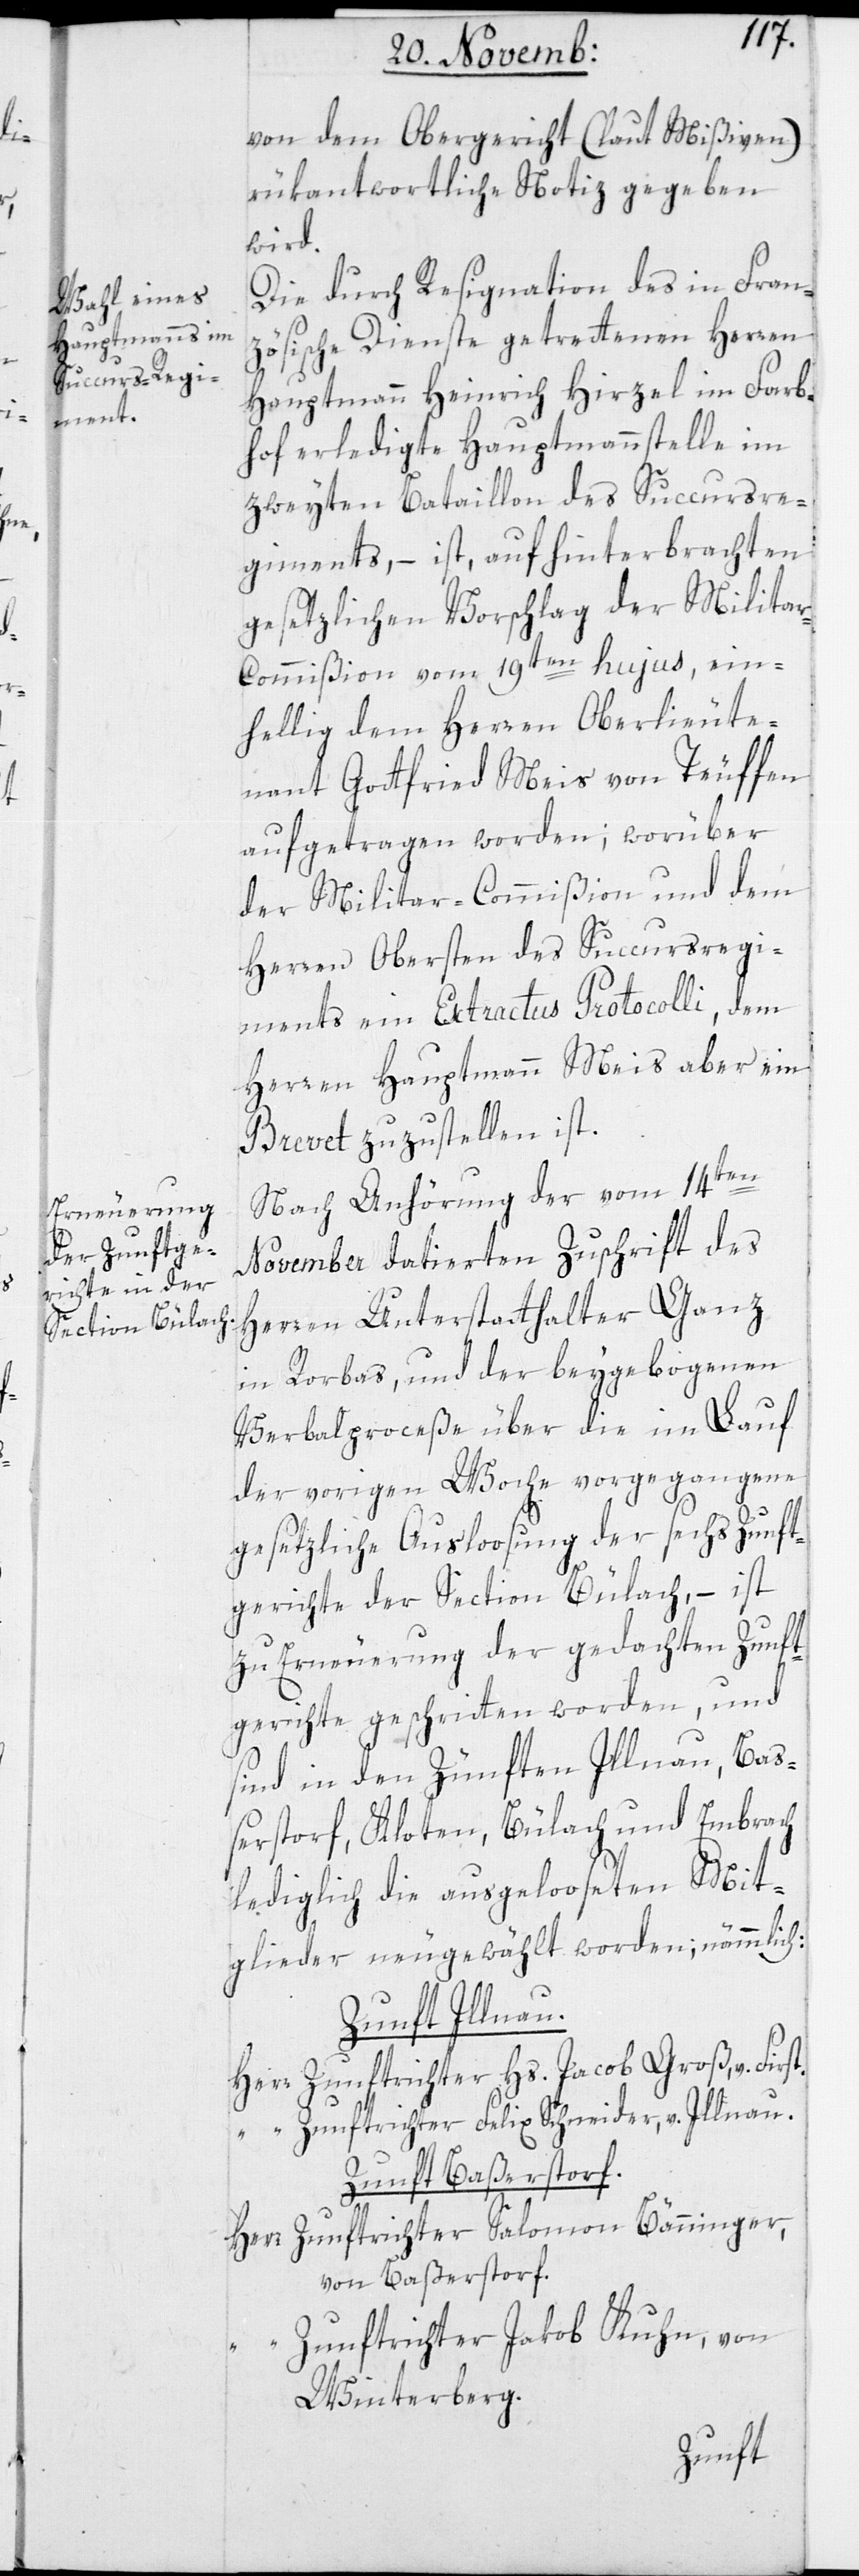
t.

von dem Obergericht (laut Mißiven)
rükantwortliche Notiz gegeben
wird.
Die durch Resignation des in Fran¬
zösische Dienste getretenen Herren
Hauptmann Heinrich Hirzel im Farb¬
hof erledigte Hauptmannstelle im
zweyten Bataillon des Succursre¬
giments, – ist auf hinterbrachten
gesetzlichen Vorschlag der Milita¬
r-Commißion vom 19ten hujus, ein¬
hellig dem Herren Oberlieute¬
nant Gottfried Meis von Teuffen
aufgetragen worden; worüber
der Militar-Commißion und dem
Herren Obersten des Succursregi¬
ments ein Extractus Protocolli, dem
Herren Hauptmann Meis aber ein
Brevet zuzustellen ist.
Nach Anhörung der vom 14ten
November datierten Zuschrift des
Herren Unterstatthalter Ganz
in Rorbas, und der beygebogenen
Verbalproceße über die im Lauf
der vorigen Woche vorgegangene
gesetzliche Ausloosung der sechs Zunft¬
gerichte der Section Bülach, – ist
zu Erneuerung der gedachten Zunft¬
gerichte geschritten worden, und
sind in den Zünften Illnau , Baß¬
erstorf, Kloten, Bülach und Embrach
lediglich die ausgelooseten Mit¬
glieder neugewählt worden; nämmlich:
Zunft Illnau.
Herr Zunftrichter Hs. Jacob Groß, v. Firs¬
Zunft Baßerstorf.
Herr Zunftrichter Salomon Bänninger,
von Baßerstorf.
Zunftrichter Jakob Kuhn, von
Winterberg.